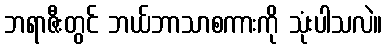
ဘရာဇီးတွင် ဘယ်ဘာသာစကားကို သုံးပါသလဲ။